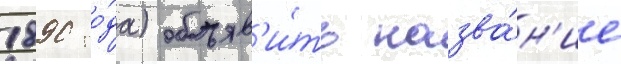
1890 го́да) объяв'и́ть назва́н'ие